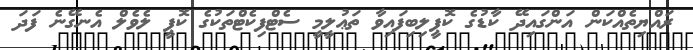
ރައްޔިތެއްކަން އަންގައިދޭ ކާޑުގެ ކޮޕީލިބިފައިވާ ތަޢުލީމީ ސެޓްފިކެޓްތަކުގެ ކޮޕީ ލެވެލް އެނގޭނެ ފަދަ